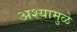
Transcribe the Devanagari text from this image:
अश्यामुळे